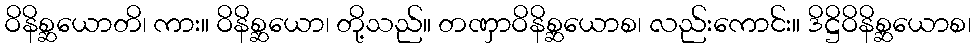
ဝိနိစ္ဆယောတိ၊ ကား။ ဝိနိစ္ဆယော၊ တို့သည်။ တဏှာဝိနိစ္ဆယောစ၊ လည်းကောင်း။ ဒိဋ္ဌိဝိနိစ္ဆယောစ၊